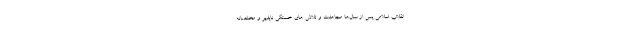
انقلاب اسلامی پس از سال‌ها مجاهدت و تلاش های خستگی ناپذیر و مخلصانه